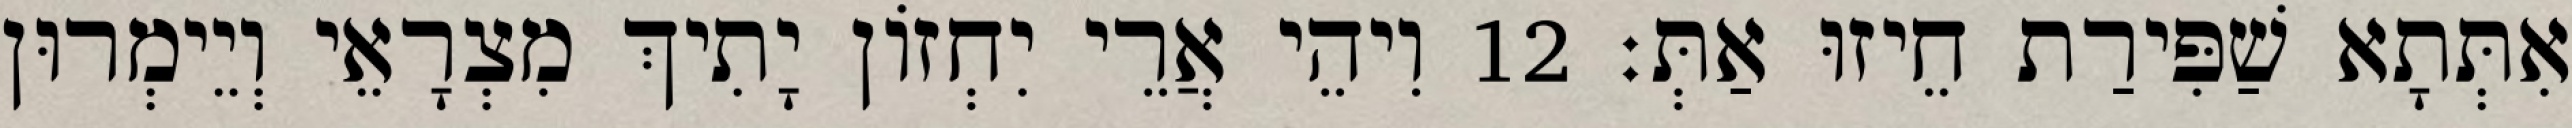
אִתְּתָא שַׁפִּירַת חֵיזוּ אַתְּ׃ 12 וִיהֵי אֲרֵי יִחְזוֹן יָתִיךְ מִצְרָאֵי וְיֵימְרוּן